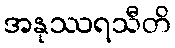
အနုဿရသီတိ